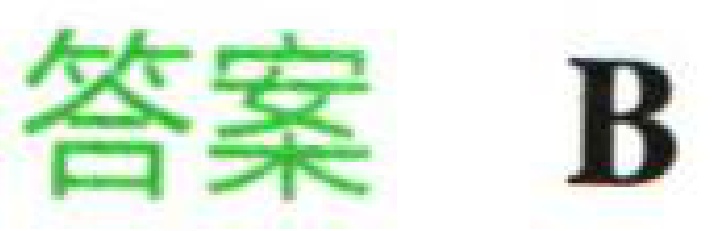
答案 B